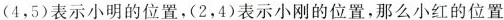
(4，5)表示小明的位置，(2，4)表示小刚的位置，那么小红的位置